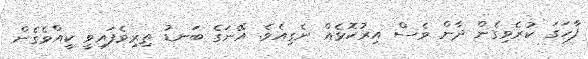
ފާހަގަ ކުރެވިގެން ދާން ވެސް އިރުކޮޅެއް ނެގިއެވެ. އޭނަގެ ބަނޑު ތިރިވެފައިވީ ކީއްވެގެން